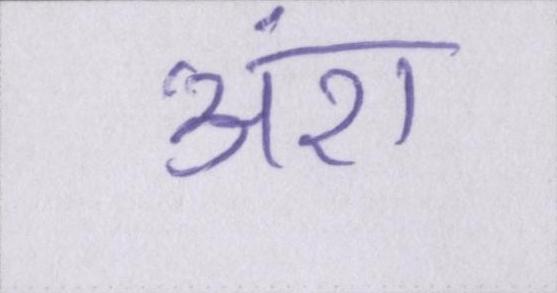
अंश